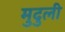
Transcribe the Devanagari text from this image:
मुदुली